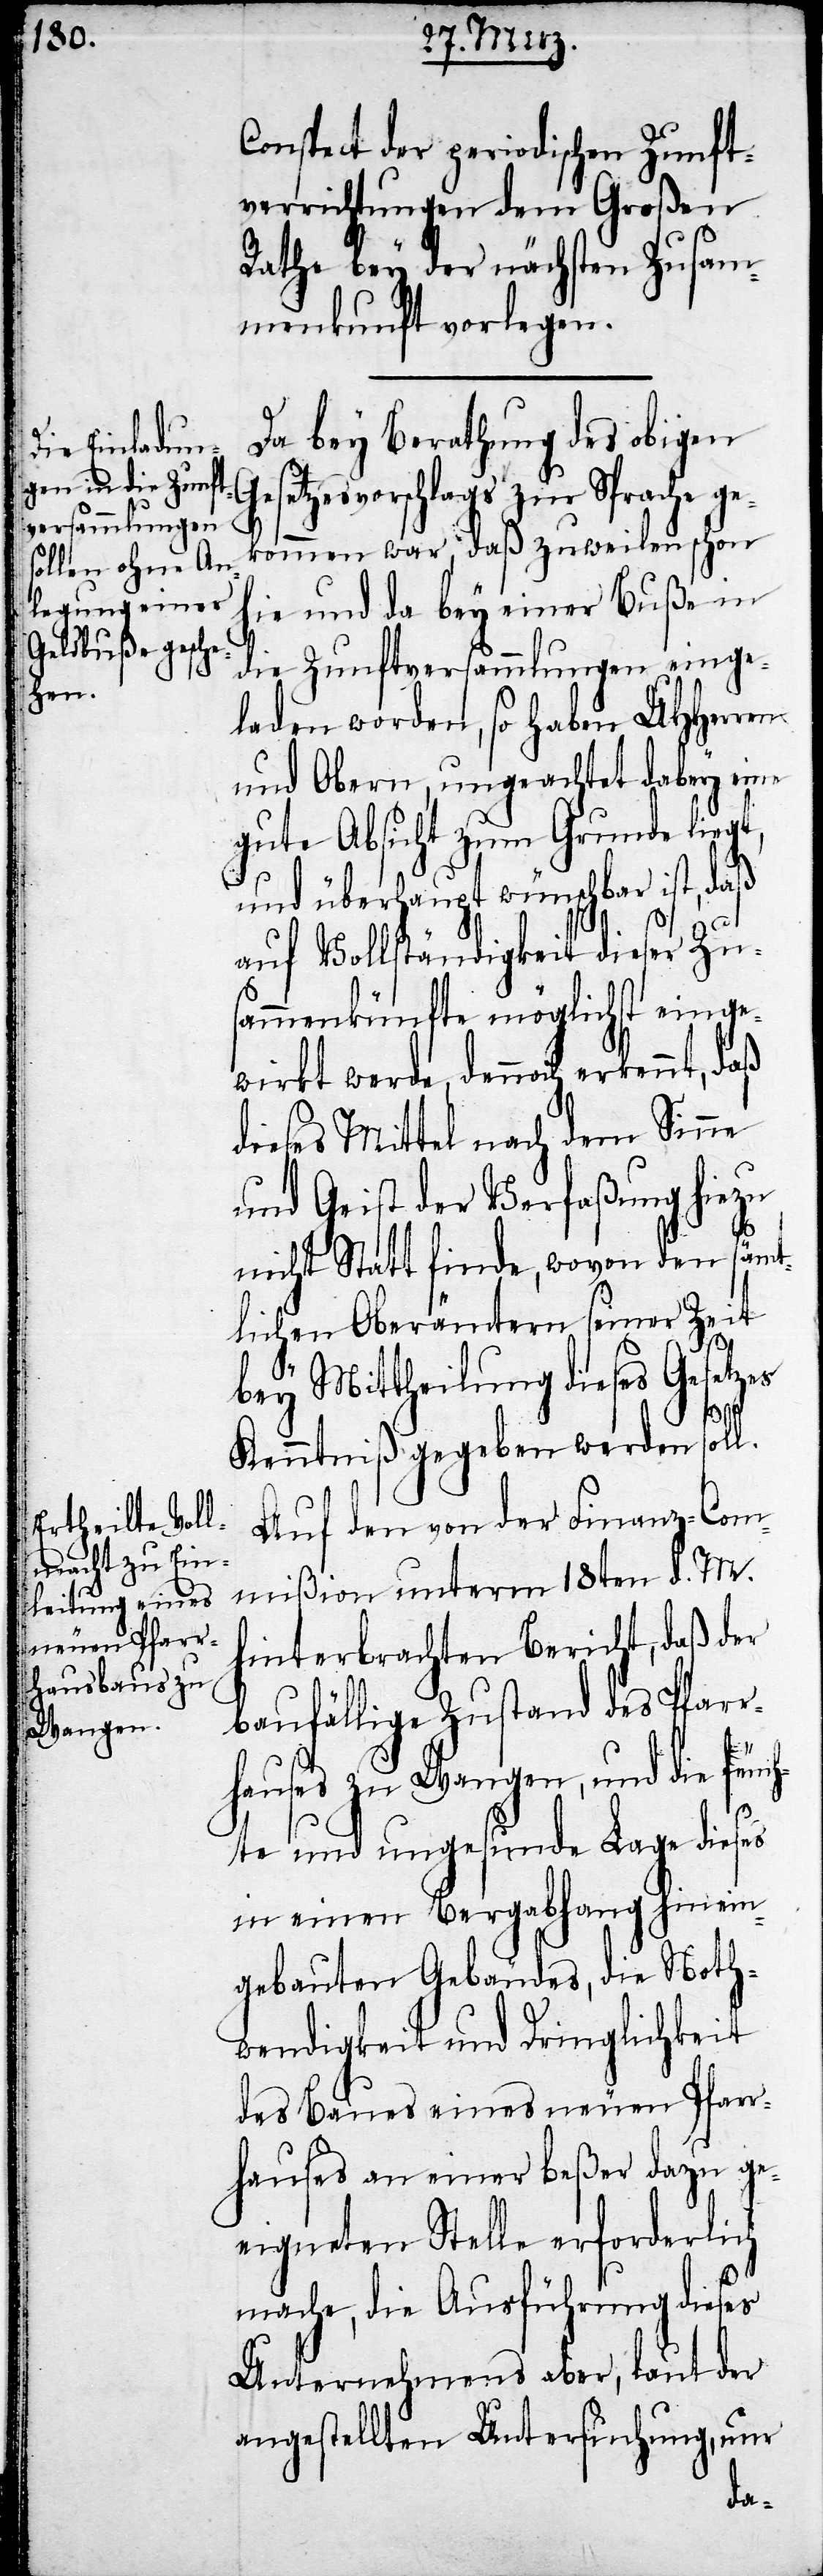
Conspect der periodischen Zunft¬
verrichtungen dem Großen
Rathe bey der nächsten Zusam¬
menkunft vorlegen.
Da bey Berathung des obigen
Gesetzesvorschlags zur Sprache ge¬
kommen war, daß zuweilen schon
hie und da bey einer Buße in
die Zunftversammlungen einge¬
laden worden, so haben UHHerren
und Obern, ungeachtet dabey eine
gute Absicht zum Grunde liegt,
und überhaupt wünschbar ist, daß
auf Vollständigkeit dieser Zus¬
ammenkünfte möglichst einge¬
dieses Mittel nach dem Sinne
und Geist der Verfaßung hiezu
nicht Statt finde wovon den sämt¬
lichen Oberämtern seiner Zeit
bey Mittheilung dieses Gesetzes
noch
Kenntniß gegeben werden soll.
Auf den von der Finanz-Com¬
mißion unterm 18ten d. M.
hinterbrachten Bericht, daß der
baufällige Zustand des Pfarr¬
hauses zu Wangen, und die feuc¬
hte und ungesunde Lage dieses
in einen Bergabhang hinein¬
gebauten Gebäudes, die Noth¬
wendigkeit und Dringlichkeit
des Baues eines neuen Pfarr¬
hauses an einer beßer dazu ge¬
eigneten Stelle erforderlich
mache, die Ausführung dieses
Unternehmens aber, laut der
angestellten Untersuchung, nur
daß